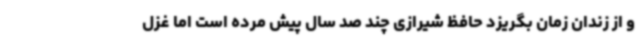
و از زندان زمان بگریزد حافظ شیرازی چند صد سال پیش مرده است اما غزل